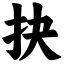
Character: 抉